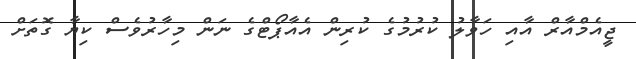
ޖީއެމްއާރް އާއި ހަވާލު ކުރުމުގެ ކުރިން އެއާޕޯޓްގެ ނަން މިހާރުވެސް ކިޔާ ގޮތަށް